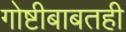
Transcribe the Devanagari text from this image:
गोष्टीबाबतही